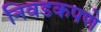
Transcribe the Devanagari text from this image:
निवडकपणे